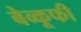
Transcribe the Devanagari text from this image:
बेव्कूफी